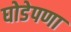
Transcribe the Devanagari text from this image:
घोडेपणा